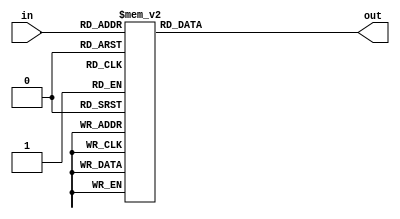
module hex_to_7seg (out, in);
	output [6:0] out;
	input [3:0] in;
	//Output is set as a register to assign the output in an always block
	reg [6:0] out;

	always @ (*)
	case (in)
		4'h0: out = 7'b1000000;
		4'h1: out = 7'b1111001;
		4'h2: out = 7'b0100100;
		4'h3: out = 7'b0110000;
		4'h4: out = 7'b0011001;
		4'h5: out = 7'b0010010;
		4'h6: out = 7'b0000010;
		4'h7: out = 7'b1111000;
		4'h8: out = 7'b0000000;
		4'h9: out = 7'b0011000;
		4'ha: out = 7'b0001000;
		4'hb: out = 7'b0000011;
		4'hc: out = 7'b1000110;
		4'hd: out = 7'b0100001;
		4'he: out = 7'b0000110;
		4'hf: out = 7'b0001110;
		default : out = 7'b1111100;
	endcase

endmodule